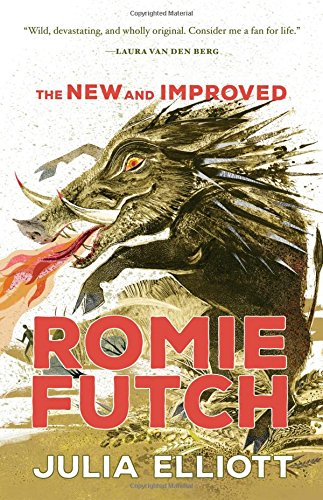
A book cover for The New and Improved Romie Futch; Julia Elliott; Literature & Fiction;